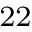
^ { 2 2 }